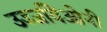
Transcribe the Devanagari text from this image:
उज्जयिओनी